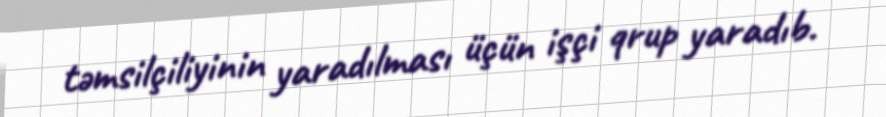
təmsilçiliyinin yaradılması üçün işçi qrup yaradıb.